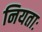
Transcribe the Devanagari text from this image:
नियताः